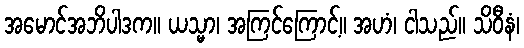
အမောင်အဘိပါဒက။ ယသ္မာ၊ အကြင်ကြောင့်။ အဟံ၊ ငါသည်။ သိဝီနံ၊